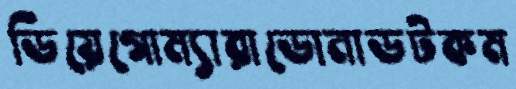
ডিয়েগোম্যারাডোনাডটকম